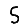
Digit: 5